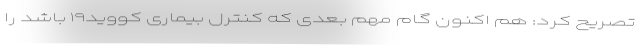
تصریح کرد: هم اکنون گام مهم بعدی که کنترل بیماری کووید۱۹ باشد را